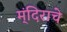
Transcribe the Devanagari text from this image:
म्ंदिराचे